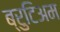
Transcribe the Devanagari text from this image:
ब्रुटिअम